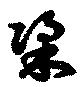
梁